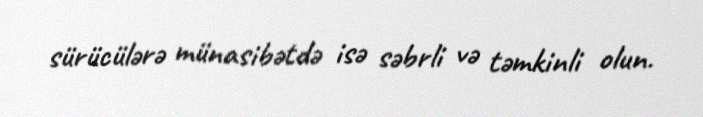
sürücülərə münasibətdə isə səbrli və təmkinli olun.